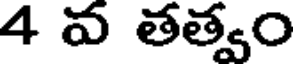
4 వ తత్వం